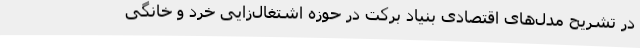
در تشریح مدل‌های اقتصادی بنیاد برکت در حوزه اشتغال‌زایی خرد و خانگی